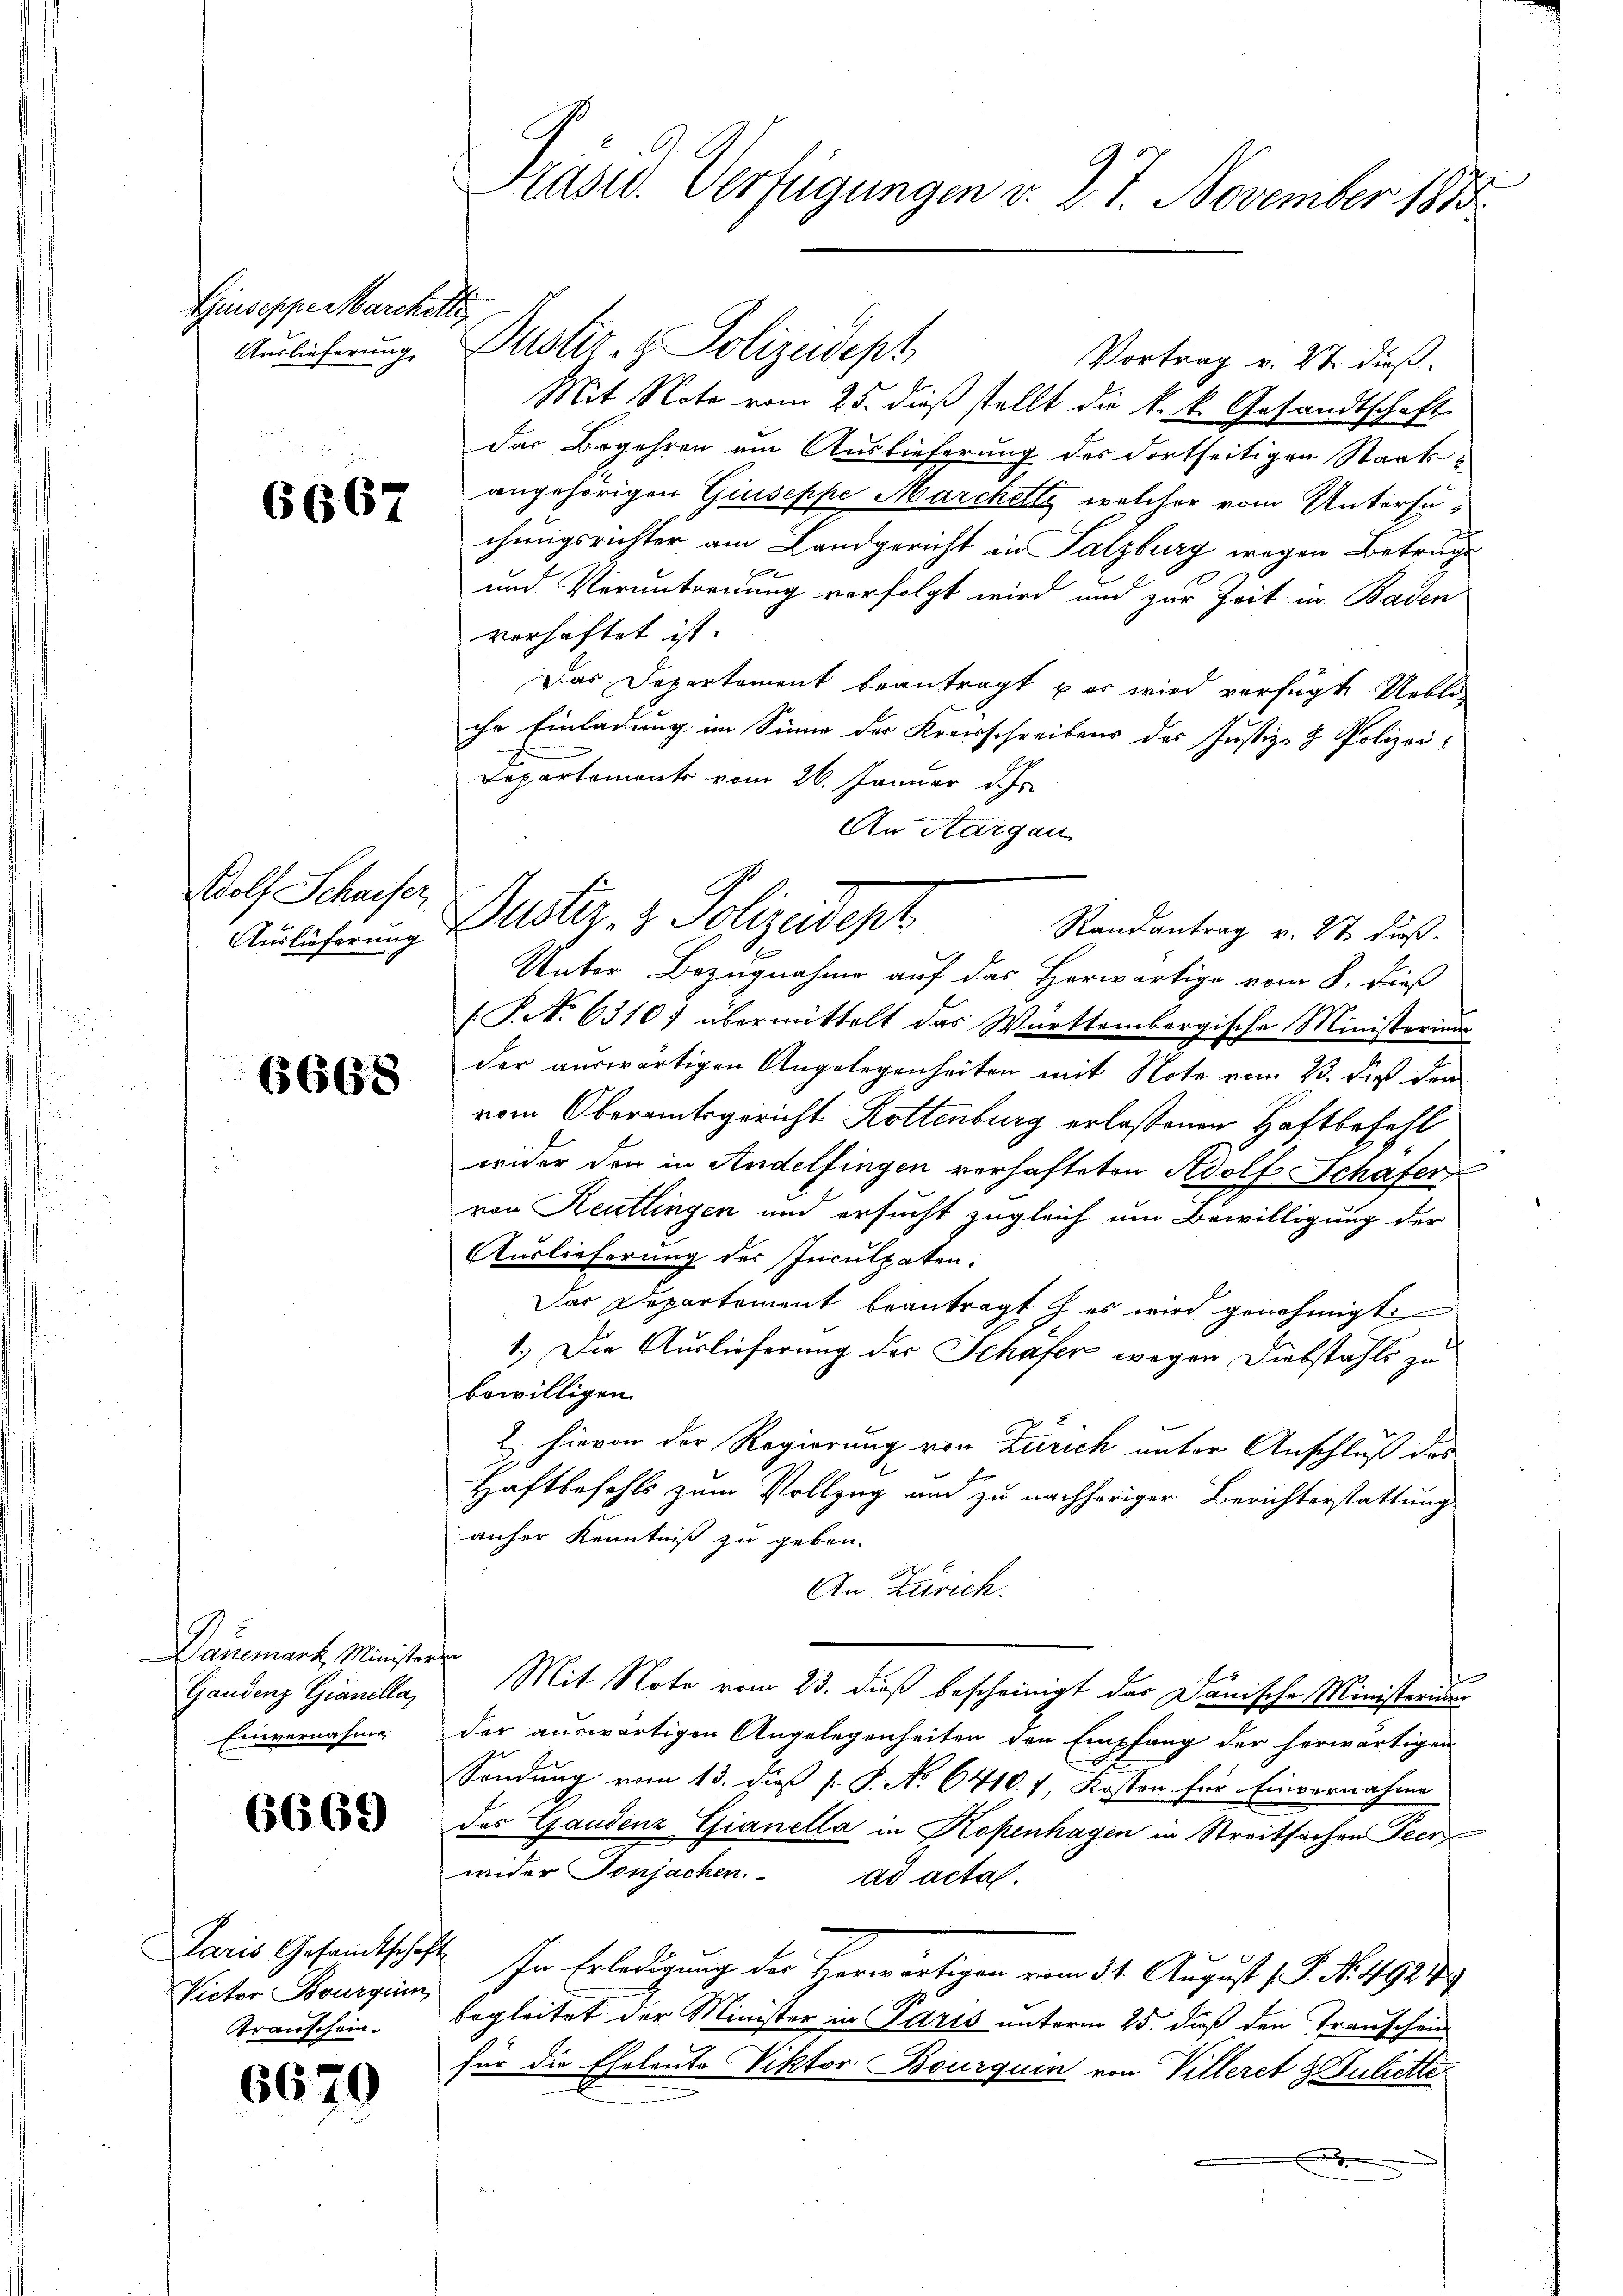
Giusepper Marchitte
Auslieferung.

6667

dolf Schaiser
Auslieferung

6668

Danemark, Minister
Gaudenz Gianellar
Einvernahme

6669

Paris Gesamtschaf
Victor Bourquin
Transchein.

6670

Präsid. Verfügungen v. 27. November 1883.

Vortrag v. 27. dieß.
Mit Note vom 25. dieß stellt die k. k. Gesandtschaft
das Begehren um Auslieferung des dortseitigen Staatsangehörigen Giuseppe Marchels, welcher vom Untersuchungsrichter am Landgericht in Salzburg wegen Betruge
und Veruntreuung verfolgt wird und zur Zeit in Baden
verhaftet ist.
Das Departement beantragt es wird verfügte Uebliche Einladung im Sinne des Kreisschreibens des Justiz- & Polizei-
Departements vom 26. Jänner d. Js.
An Aargau
Randantrag v. 21 diß
Unter Bezugnahme auf das Herwärtige vom 8. dieß
(P.No 6310) übermittelt das Württembergische Ministerium
der auswärtigen Angelegenheiten mit Note vom 23. dieß den
vom Oberamtsgericht Rottenburg erlassenen Haftbefehl
wider den in Andelfingen vorhafteten Adolf Schafer
von Reutlingen und ersucht zugleich um Bewilligung der
Auslieferung der Inculpaten.
Das Departement beantragt es wird genehmigt.
1.) Die Auslieferung des Schäfer wegen Diebstahls zu
bewilligen.
2 hievon der Regierung von Zürich unter Anschluß des
Haftbefehls zum Vollzug und zu nachheriger Berichterstattung
anher Kenntniß zu geben.
An Zürich.
fe
4
Mit Note vom 23. dieß bescheinigt das Danische Ministerium
der auswärtigen Angelegenheiten den Empfang der herwärtigen
Sendung vom 13. dieß [ P. No 64101, Kosten für Einvernahme
des Gandenz Gianella in Kopenhagen in Streitsachen Peer
wider Tonsachen. ad acta.
In Erledigung der Verwärtigen vom 31. August 1 J. N. 498. 79
begleitet der Minister in Paris unterm 25. dieß den Transchein
für die Eheleute Viktor Bourquin von Villeret 3 Juliette

Justiz- & Polizeidept

Dustiz- & Polizeidept